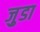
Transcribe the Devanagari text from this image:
जु़डा